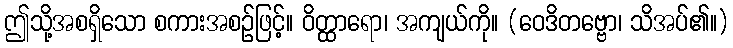
ဤသို့အစရှိသော စကားအစဉ်ဖြင့်။ ဝိတ္ထာရော၊ အကျယ်ကို။ (ဝေဒိတဗ္ဗော၊ သိအပ်၏။)